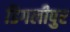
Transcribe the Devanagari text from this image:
डिगलीपुर